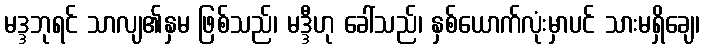
မဒ္ဒဘုရင် သာလျ၏နှမ ဖြစ်သည်၊ မဒ္ဒီဟု ခေါ်သည်၊ နှစ်ယောက်လုံးမှာပင် သားမရှိချေ၊